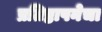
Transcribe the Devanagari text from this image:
प्रतिष्ठापनेचा